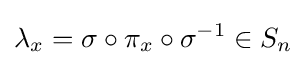
\lambda _{x}=\sigma \circ \pi _{x}\circ \sigma ^{-1}\in S_{n}